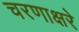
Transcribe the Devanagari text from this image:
चरणाक्षरे